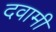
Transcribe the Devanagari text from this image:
दवामी